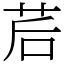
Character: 茩